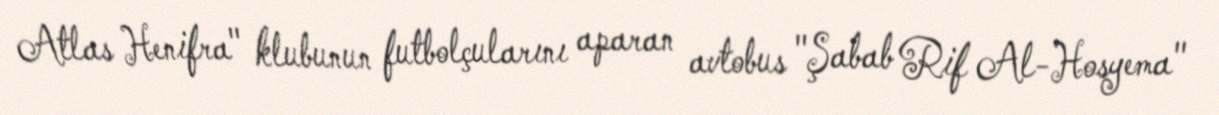
Atlas Henifra" klubunun futbolçularını aparan avtobus "Şabab Rif Al-Hosyema"